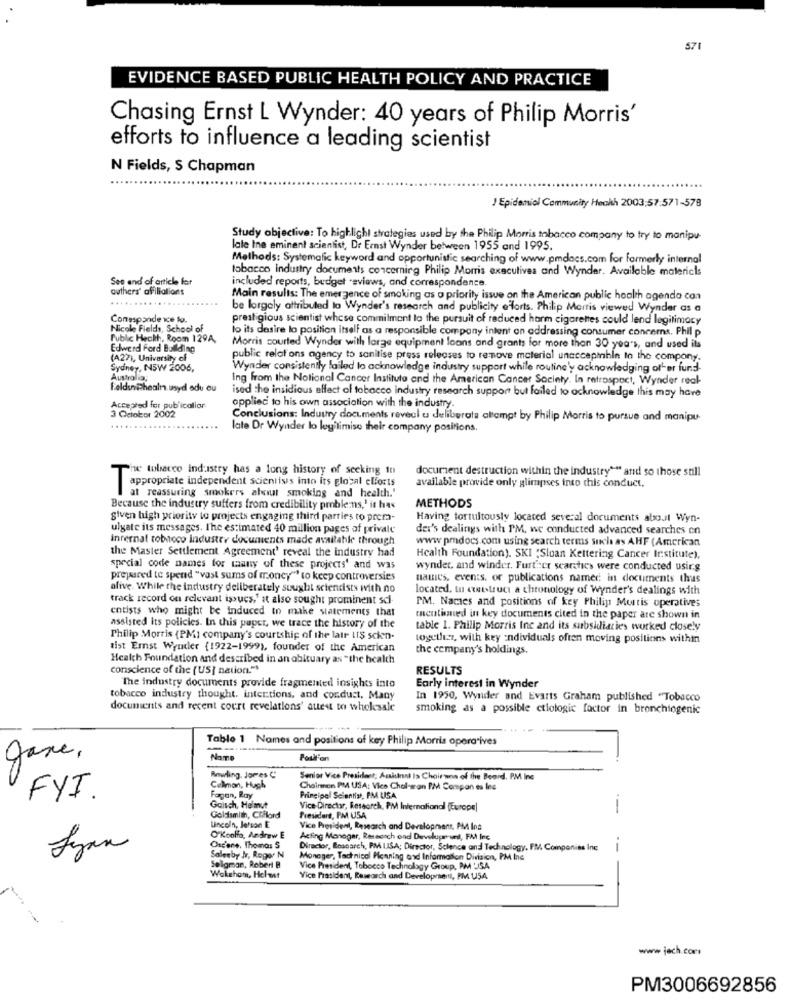
571
EVIDENCE BASED PUBLIC HEALTH POLICY AND PRACTICE
Chasing Ernst L Wynder: 40 years of Philip Morris'
efforts to influence a leading scientist
N Fields, S Chapman
J Epidemiol Community Heckh 2003:57:571-578
Study objective: To highlight strategies used by the Philip Morris tobacco company to try to manipu-
lale Ine eminent scientist, Dr Ernst Wynder between 1955 and 1995.
Methods: Systematic keyword and opportunistic searching of www.pmdacs.com for formerly internal
tobacco industry documents concerning Philip Morris executives and Wynder. Available malericis
See and of article for
included reports, budget -aviaws, and correspondence.
authers' affiliations
Main results: The emergence of smoking as a priority issue on the American public health agenda can
be lorgely attributed la Wynder's research and publicity efforts. Philip Morris viewed Wynder as a
Correspondence lo.
prestigious scientist whose commitment to the pursuit of reduced harm cigarettes could lend legitimacy
Nicole Fields, School of
to its desire lo position itself as a responsible company intent on addressing consumer concerns. Phil p
Public Health, Room 129A,
Edwerd Ford Building
Morris courted Wynder with large equipment loans and grants for more than 30 years, and used its
(A27), University of
public relations agency to sanitise press releases to remove material unacceptable to the company.
Sydney, INSW 2006,
Wynder consistently failed to acknowledge industry support while routine'y acknowledging otter fund-
Ing from the Notional Cancer Institute and the American Cancer Society. In retrospect, Wynder real-
Feldsn@healt.usyd odu ou
ised the insidious effect of tobacco industry research support but failed to acknowledge this may have
Accepted for publicalior.
applied to his own association with the industry.
3 Pelobor 2002
Conclusions: Industry documents reveal u deliberate attempt by Philip Morris to pursue and manipu-
late Dr Wynder lo legitimise their company positions.
ne tobacco industry has a long history of seeking in
document destruction within the industry"" and so those still
available provide only glimpses into this conduct,
appropriate independent scientists into its global elforts
at reassuring smokers about smoking and health.'
Because the industry suffers from credibility pmblens,' it has
METHODS
siven high priority to projects engaging third parties ro prema-
Having tortultously located several documents about Wyn-
ulgate its messages. The estimated 40 million pages of privale
der's dealings with PM, wc conducted advanced searches en
internat tobacco Industry documents made available through
www.pmdocs.com using search terms sul as AHF (American
the Master Settlement Agreement' reveal the industry had
Health Foundation). SKI "Sloan Kettering Cancer Institute),
special code names for many of these projects' and was
wynder, and winder. Further searches were conducted usir.g
prepared te spend "vast sums of money" to keep controversies
matic's. events, or publications named in documents thus
alive. While the industry deliberately sought scientists with no
located. tu cistruct a chronology of Wynder's dealings with
track record on relevant issues," at also sought prominent scl-
entists who might be induced to make statements that
PM. Names and positions of key Philip Mutis operatives
mentioned in key documents cited in the paper are shown in
assisted its policies. In this paper, we trace the history of the
table 1. Philip Morris Inc and its subsidiaries worked closely
Philip Morris (PM) company's courtship of the lair Its schen-
together, with key individuals often moving positions within
rist Ernst Wyuder (1922-1999), founder of the American
the company's holdings.
Health Foundation and described in an obituary as "the health
conscience of the (US] nation."
RESULTS
The industry documents provide fragmented insights into
Early interest in Wynder
tobacco industry thought. intertions, and conduct, Many
In 1950, Wynider and Evarts Graham published "Tobacco
documents and recent court revelations' attest to wholesale
smoking as a possible ctiologic factor in bronchiogenic
Table 1 Names and positions of key Philip Morris opera ives
gave,
NaTo
Poulton
Bowling, Jores C
Senior Vice President; Ackunnl Is Choirana of the Board. PM Ine
Cellman, Hugh
Chairmen PM USA: Vice Chal-wan PM Compan es Ine
Principal Scientist, PM USA
FYI.
Fogan, Ray
Gaisch, Helmut
Vice-Director, Research, PM International (Europe)
Goldsmith, Ctilord
President, PM USA
Lincoln, Jetson E
Vice President, Research and Development. PM Ins
O'Koolfo, Andrew E
Acting Manager, Research ond Developrunt, FM Inc
Lyan
Osc'ene, Thomas S
Director, Research, PM LISA; Director, Science and Technology, FM Companies Ine
--
Salesby Jv, Roger N
Monager, Tactnisel Henning and Information Division, PM Ine
Seligman, Robert B
Vice President, Tobacco Technology Group, PM JSA
Wokeham, Hclot
Vice President, Research and Developmentl, PM USA
www jach.com
PM3006692856